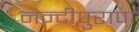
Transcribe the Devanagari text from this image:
नन्दीपुराण